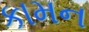
કામન